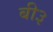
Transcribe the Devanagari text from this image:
बी३